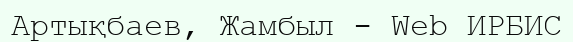
Артықбаев, Жамбыл - Web ИРБИС